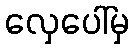
လှေပေါ်မှ